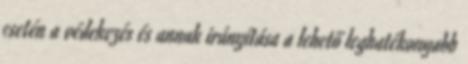
esetén a védekezés és annak irányítása a lehető leghatékonyabb